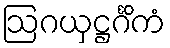
ဩဂယှဋ္ဌင်္ဂိကံ